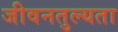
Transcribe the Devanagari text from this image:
जीवनतुल्यता